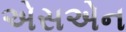
એસએન